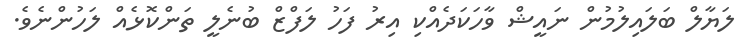
ލަޔާލް ބަލައިލުމުން ނައީޝް ވާހަކަދެއްކި އިރު ފަހު ލަފްޒް ބުނެލީ ތަންކޮޅެއް ލަހުންނެވެ.